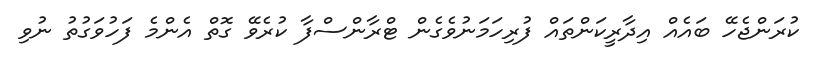
ކުރަންޖެހޭ ބައެއް އިދާރީކަންތައް ފުރިހަމަނުވެގެން ޓްރާންސްފާ ކުރެވޭ ގޮތް އެންމެ ފަހުވަގުތު ނުވި